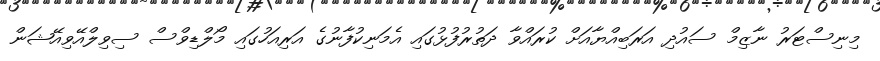
މިނިސްޓަރު ނާޒިމް ސައުދި އަރަބިއްޔާއަށް ކުރައްވާ ދަތުރުފުޅުގައި އެމަނިކުފާނުގެ އަރިއަހުގައި މޯލްޑިވްސް ސިވިލްއޭވިއޭޝަން